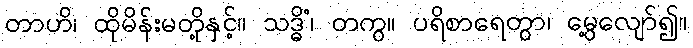
တာဟိ၊ ထိုမိန်းမတို့နှင့်။ သဒ္ဓိံ၊ တကွ။ ပရိစာရေတွာ၊ မွေ့လျော်၍။